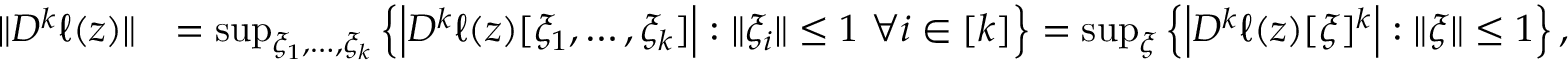
\begin{array} { r l } { \| D ^ { k } \ell ( z ) \| } & { = \operatorname* { s u p } _ { \xi _ { 1 } , \ldots , \xi _ { k } } \left\{ \left| D ^ { k } \ell ( z ) [ \xi _ { 1 } , \ldots , \xi _ { k } ] \right| : \| \xi _ { i } \| \leq 1 ~ \forall i \in [ k ] \right\} = \operatorname* { s u p } _ { \xi } \left\{ \left| D ^ { k } \ell ( z ) [ \xi ] ^ { k } \right| : \| \xi \| \leq 1 \right\} , } \end{array}